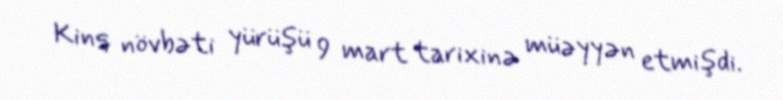
Kinq növbəti yürüşü 9 mart tarixinə müəyyən etmişdi.